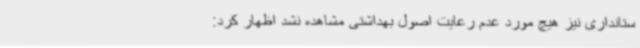
ستانداری نیز هیچ مورد عدم رعایت اصول بهداشتی مشاهده نشد اظهار کرد: